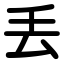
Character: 丟